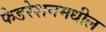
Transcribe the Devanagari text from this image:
फेडरेशनमधील